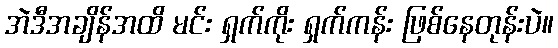
အဲဒီအချိန်အထိ မင်း ရှက်ကိုး ရှက်ကန်း ဖြစ်နေတုန်းပဲ။